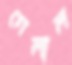
গেলাল